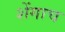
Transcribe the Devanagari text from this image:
शेंगाच